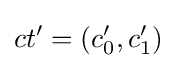
ct'=(c_{0}',c_{1}')